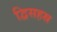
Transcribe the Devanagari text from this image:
द्विसहस्र